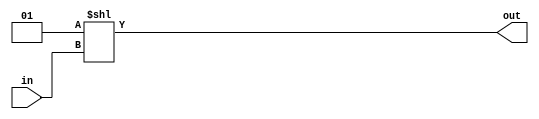
// 3 -> 8 decoder
module dec_3_8 (
    input [2:0] in,
    output [7:0] out
);
    assign out = 1 <<  in;    
endmodule

// 6 -> 64 decoder using 3 -> 8 predecoders
module dec_6_64 (
    input [5:0] in,
    output [63:0] out
);

    wire[7:0] i, j;

    dec_3_8 dec_38_1(in[5:3], i);
    dec_3_8 dec_38_2(in[2:0], j);

    assign out[63:56] = {8{i[7]}} & j;
    assign out[55:48] = {8{i[6]}} & j;
    assign out[47:40] = {8{i[5]}} & j;
    assign out[39:32] = {8{i[4]}} & j;
    assign out[31:24] = {8{i[3]}} & j;
    assign out[23:16] = {8{i[2]}} & j;
    assign out[15:8]  = {8{i[1]}} & j;
    assign out[7:0]   = {8{i[0]}} & j;

endmodule

module dec_6_64_tb (output [63:0] out);
    reg [5:0] in = 0;

    dec_6_64 dec_664_1(in, out);

    initial begin
        repeat(64) begin
            #100
            $display("in: ", in, " out: ", out);
            in = in + 1;
        end
    end
endmodule